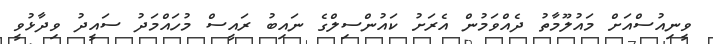
ވީނިއުސްއަށް މައުލޫމާތު ދެއްވަމުން އެރަށު ކައުންސިލްގެ ނައިބު ރައީސް މުހައްމަދު ސައީދު ވިދާޅުވީ